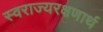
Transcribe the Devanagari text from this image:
स्वराज्यरक्षणार्थ